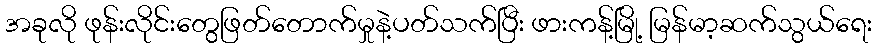
အခုလို ဖုန်းလိုင်းတွေဖြတ်တောက်မှုနဲ့ပတ်သက်ပြီး ဖားကန့်မြို့ မြန်မာ့ဆက်သွယ်ရေး